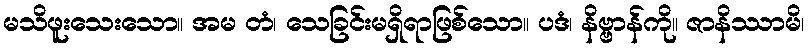
မသိဖူးသေးသော။ အမ တံ၊ သေခြင်းမရှိရာဖြစ်သော။ ပဒံ၊ နိဗ္ဗာန်ကို။ ဇာနိဿာမိ၊